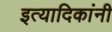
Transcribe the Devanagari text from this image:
इत्यादिकांनी